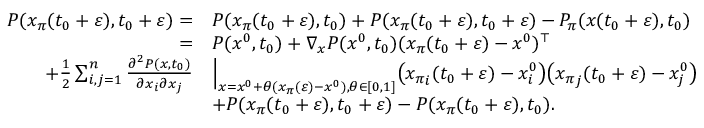
\begin{array} { r l } { P ( x _ { \pi } ( t _ { 0 } + \varepsilon ) , t _ { 0 } + \varepsilon ) = } & { P ( x _ { \pi } ( t _ { 0 } + \varepsilon ) , t _ { 0 } ) + P ( x _ { \pi } ( t _ { 0 } + \varepsilon ) , t _ { 0 } + \varepsilon ) - P _ { \pi } ( x ( t _ { 0 } + \varepsilon ) , t _ { 0 } ) } \\ { = } & { P ( x ^ { 0 } , t _ { 0 } ) + \nabla _ { x } P ( x ^ { 0 } , t _ { 0 } ) ( x _ { \pi } ( t _ { 0 } + \varepsilon ) - x ^ { 0 } ) ^ { \top } } \\ { + \frac { 1 } { 2 } \sum _ { i , j = 1 } ^ { n } \frac { \partial ^ { 2 } P ( x , t _ { 0 } ) } { \partial x _ { i } \partial x _ { j } } } & { \Big | _ { x = x ^ { 0 } + \theta ( x _ { \pi } ( \varepsilon ) - x ^ { 0 } ) , \theta \in [ 0 , 1 ] } \big ( { x _ { \pi } } _ { i } ( t _ { 0 } + \varepsilon ) - x _ { i } ^ { 0 } \big ) \big ( { x _ { \pi } } _ { j } ( t _ { 0 } + \varepsilon ) - x _ { j } ^ { 0 } \big ) } \\ & { + P ( x _ { \pi } ( t _ { 0 } + \varepsilon ) , t _ { 0 } + \varepsilon ) - P ( x _ { \pi } ( t _ { 0 } + \varepsilon ) , t _ { 0 } ) . } \end{array}